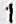
1